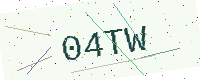
Text: 04TW